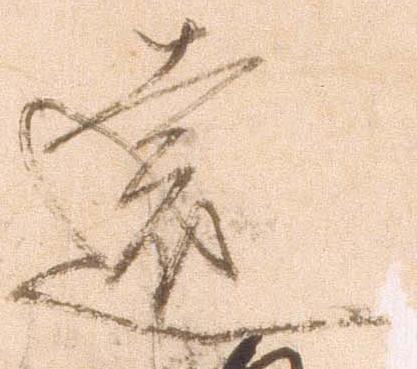
遠